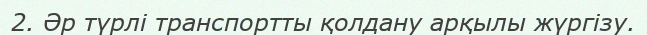
2. Әр түрлі транспортты қолдану арқылы жүргізу.